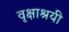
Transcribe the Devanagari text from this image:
वृक्षाश्रयी